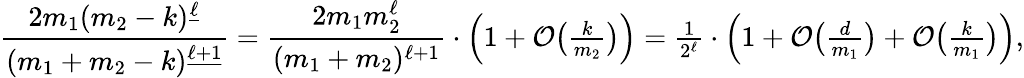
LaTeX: \frac{2m_{1}(m_{2}-k)^{\underline{{\ell}}}}{(m_{1}+m_{2}-k)^{\underline{{\ell+1}}}}=\frac{2m_{1}m_{2}^{\ell}}{(m_{1}+m_{2})^{\ell+1}}\cdot\Big(1+\mathcal{O}\big(\textstyle{\frac{k}{m_{2}}}\big)\Big)=\frac{1}{2^{\ell}}\cdot\Big(1+\mathcal{O}\big(\textstyle{\frac{d}{m_{1}}}\big)+\mathcal{O}\big(\textstyle{\frac{k}{m_{1}}}\big)\Big),